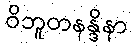
ဝိဘူတနန္ဒိနာ